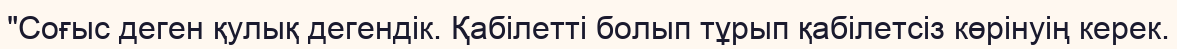
"Соғыс деген қулық дегендік. Қабілетті болып тұрып қабілетсіз көрінуің керек.